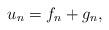
LaTeX: \begin{align*}u_n = f_n + g_n,\end{align*}